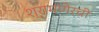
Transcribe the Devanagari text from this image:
श्रामणेरची